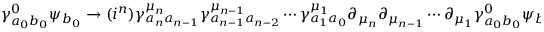
\gamma _ { a _ { 0 } b _ { 0 } } ^ { 0 } \psi _ { b _ { 0 } } \rightarrow ( i ^ { n } ) \gamma _ { a _ { n } a _ { n - 1 } } ^ { \mu _ { n } } \gamma _ { a _ { n - 1 } a _ { n - 2 } } ^ { \mu _ { n - 1 } } \cdots \gamma _ { a _ { 1 } a _ { 0 } } ^ { \mu _ { 1 } } \partial _ { \mu _ { n } } \partial _ { \mu _ { n - 1 } } \cdots \partial _ { \mu _ { 1 } } \gamma _ { a _ { 0 } b _ { 0 } } ^ { 0 } \psi _ { b _ { 0 } } \, .